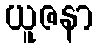
ယူဇနာ